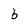
Character: b